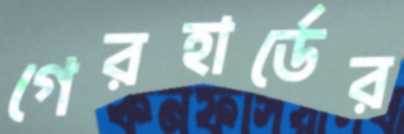
গেরহার্ডের